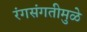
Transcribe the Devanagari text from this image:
रंगसंगतीमुळे